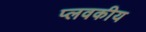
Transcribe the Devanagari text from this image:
प्लवकीय